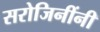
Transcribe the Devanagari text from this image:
सरोजिनींनी